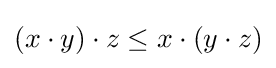
(x\cdot y)\cdot z\leq x\cdot (y\cdot z)